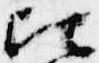
比